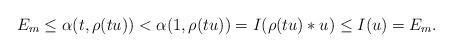
LaTeX: \begin{gather*}E_m \leq \alpha(t,\rho(tu))<\alpha(1,\rho(tu))=I(\rho(tu)*u)\leq I(u)=E_m.\end{gather*}